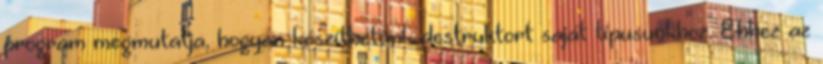
program megmutatja, hogyan készíthetünk destruktort saját típusunkhoz. Ehhez az